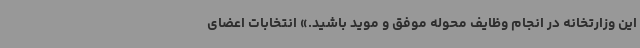
این وزارتخانه در انجام وظایف محوله موفق و موید باشید.» انتخابات اعضای